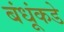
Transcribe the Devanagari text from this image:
बंधूंकडे